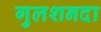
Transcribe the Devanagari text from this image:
गुलशनदा